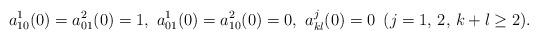
LaTeX: \begin{align*}a_{10}^{1}(0) = a_{01}^{2}(0) = 1, \,\, a_{01}^{1}(0) = a_{10}^{2}(0) = 0, \,\, a_{kl}^{j}(0) = 0 \,\,\, (j = 1, \, 2, \, k+l \geq 2).\end{align*}